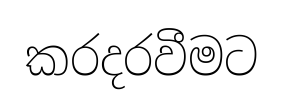
කරදරවීමට